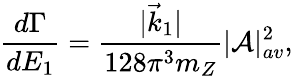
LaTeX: {\frac{d\Gamma}{dE_{1}}}={\frac{|\vec{k}_{1}|}{128\pi^{3}m_{Z}}}|{\cal A}|_{av}^{2},